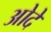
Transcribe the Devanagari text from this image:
ओदे